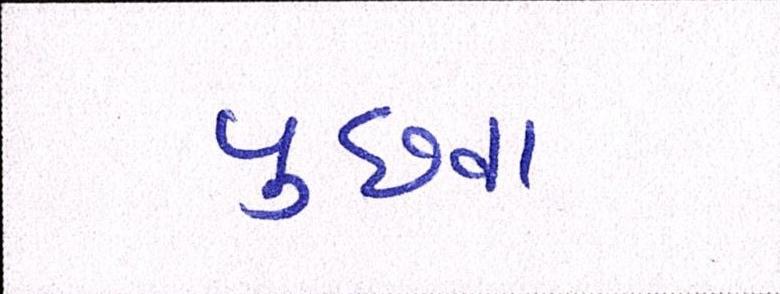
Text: પુછવા